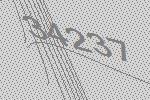
34237